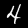
Digit: 4